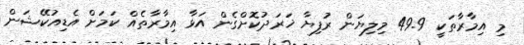
މި އިމާރާތަކީ 49.9 މިލިޔަން ރުފިޔާ ޚަރަދުކޮށްގެން އަޅާ އިމާރާތެއް ކަަމަށް އެޑިއުކޭޝަން